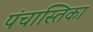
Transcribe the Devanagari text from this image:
पंचास्तिका